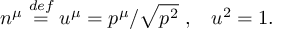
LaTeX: n ^ { \mu } \stackrel { d e f } { = } u ^ { \mu } = p ^ { \mu } / \sqrt { p ^ { 2 } } \mathrm { ~ , } \quad u ^ { 2 } = 1 \mathrm { . }